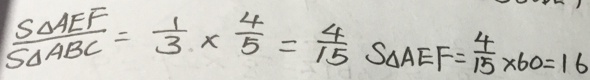
\frac { S \Delta A E F } { S \Delta A B C } = \frac { 1 } { 3 } \times \frac { 4 } { 5 } = \frac { 4 } { 1 5 } S _ { \Delta A E F } = \frac { 4 } { 1 5 } \times 6 0 = 1 6